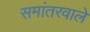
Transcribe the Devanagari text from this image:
समांतरवाले